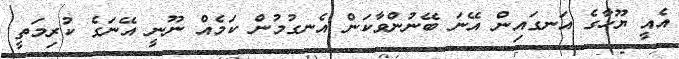
އެއީ ޔޫހާގެ އަނގައިން އޭނަ ބޭނުންވާކަން އެނގުމުން ކަމެއް ނޫނީ އޭނަގެ ކުރިމަތީ